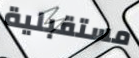
مستقبلية